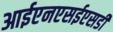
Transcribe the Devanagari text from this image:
आईएनएसईएसडी